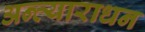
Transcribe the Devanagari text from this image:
अन्त्याराधन